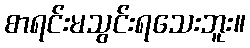
စာရင်းမသွင်းရသေးဘူး။